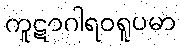
ကူဋာဂါရဝရူပမာ